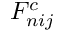
F _ { n i j } ^ { c }